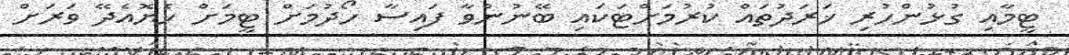
ޓީމާއި ގުޅުންހުރި ޚަރަދުތައް ކުރުމަށްޓަކައި ބޭނުންވާ ފައިސާ ހޯދުމަށް ޓީމަށް ހެޔޮއެދޭ ވަރަށް